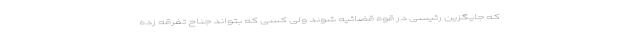
که جایگزین رئیسی در قوه قضائیه شوند ولی کسی که بتواند جناح تفرقه زده